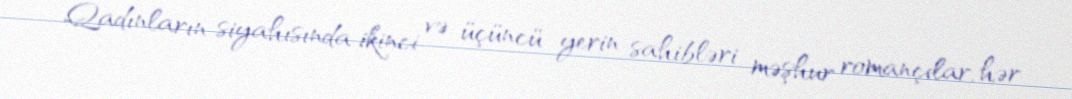
Qadınların siyahısında ikinci və üçüncü yerin sahibləri məşhur romançılar, hər